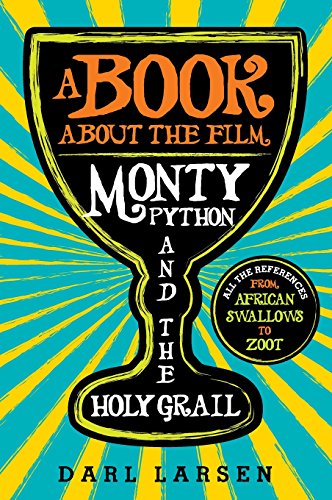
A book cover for A Book about the Film Monty Python and the Holy Grail: All the References from African Swallows to Zoot; Darl Larsen; Humor & Entertainment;